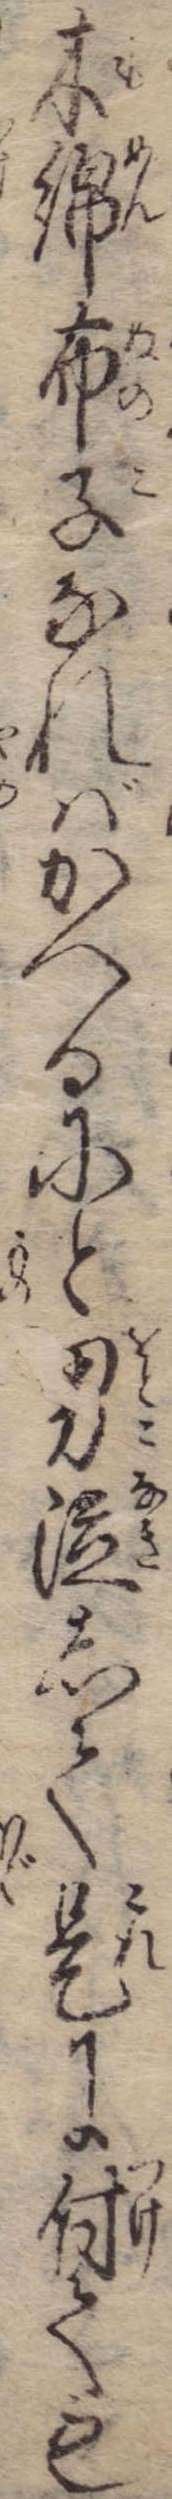
木綿布子なればかへるにと男泣して是に付ても